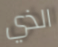
الذي